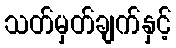
သတ်မှတ်ချက်နှင့်